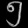
Digit: ၅